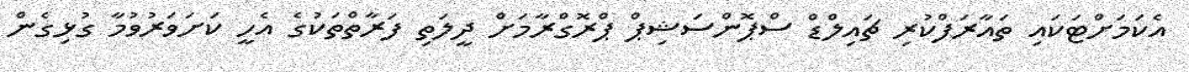
އެކަމަށްޓަކައި ތައާރަފްކުރި ޗައިލްޑް ސްޕޮންސަޝިޕް ޕްރޮގްރާމަށް ދީލަތި ފަރާތްތަކުގެ އެހީ ކަށަވަރުވުމާ ގުޅިގެން